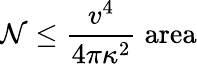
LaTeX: \mathcal{N}\leq{\frac{{v^{4}}}{{4\pi\kappa^{2}}}}\; \mathrm{{area}}